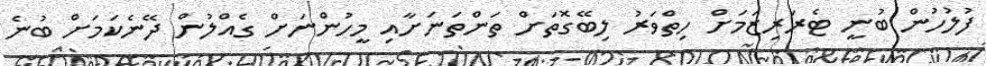
ފުލުހުން ބުނީ ޓެރަރިޒަމަށް ހިތްވަރު ލިބޭގޮތަށް ތަންތަނަށާއި މީހުންނަށް ގެއްލުން ދޭނެކަމަށް ބުނެ